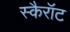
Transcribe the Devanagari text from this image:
स्कैरॉट